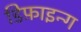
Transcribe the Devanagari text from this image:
डिफ़ाइन्ग